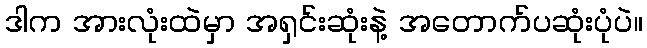
ဒါက အားလုံးထဲမှာ အရှင်းဆုံးနဲ့ အတောက်ပဆုံးပုံပဲ။